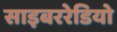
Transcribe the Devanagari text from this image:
साइबररेडियो